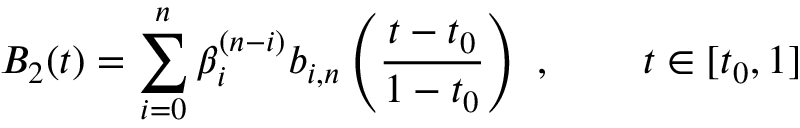
B _ { 2 } ( t ) = \sum _ { i = 0 } ^ { n } \beta _ { i } ^ { ( n - i ) } b _ { i , n } \left( { \frac { t - t _ { 0 } } { 1 - t _ { 0 } } } \right) { \mathrm { ~ , ~ } } \qquad t \in [ t _ { 0 } , 1 ]